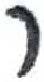
אות: ר